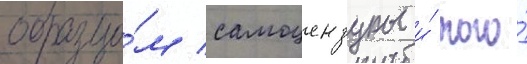
образцо́м самоцензуры и́ того́